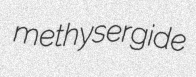
methysergide